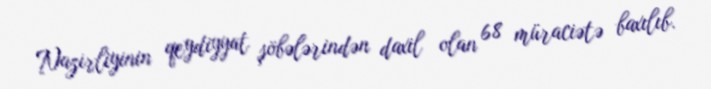
Nazirliyinin qeydiyyat şöbələrindən daxil olan 68 müraciətə baxılıb.